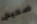
صحيح